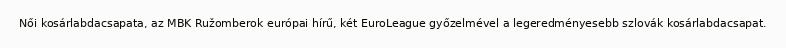
Női kosárlabdacsapata, az MBK Ružomberok európai hírű, két EuroLeague győzelmével a legeredményesebb szlovák kosárlabdacsapat.